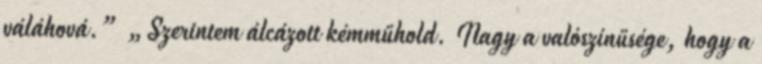
váláhová.” „Szerintem álcázott kémműhold. Nagy a valószínűsége, hogy a